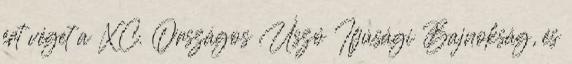
ért véget a XC. Országos Úszó Ifjúsági Bajnokság, és